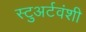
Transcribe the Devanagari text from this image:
स्टुअर्टवंशी